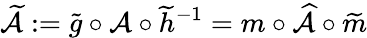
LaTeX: \widetilde{\mathcal{A}}:=\widetilde{g}\circ\mathcal{A}\circ\widetilde{h}^{-1}=m\circ\widehat{\mathcal{A}}\circ\widetilde{m}